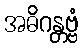
အဓိဂန္တဗ္ဗံ